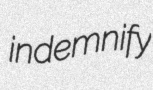
indemnify